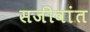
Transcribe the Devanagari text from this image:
सजीवांत